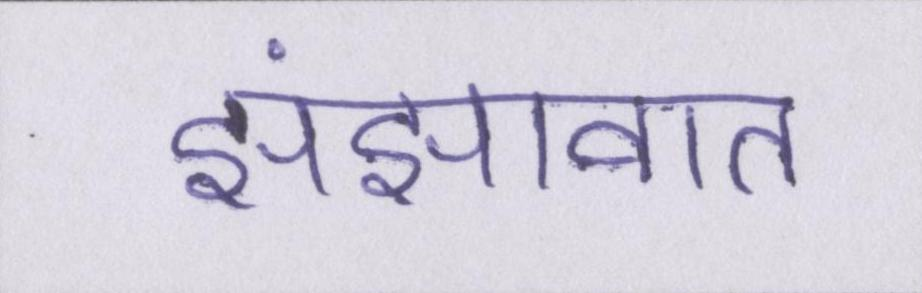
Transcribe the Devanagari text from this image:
झंझावात